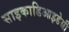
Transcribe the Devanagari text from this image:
साइकाडिआइडेसी